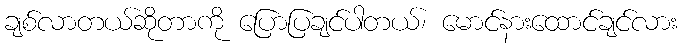
ချစ်လာတယ်ဆိုတာကို ပြောပြချင်ပါတယ်၊ မောင်နားထောင်ချင်လား